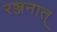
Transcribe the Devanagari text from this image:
रञ्जनात्